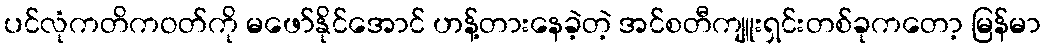
ပင်လုံကတိကဝတ်ကို မဖော်နိုင်အောင် ဟန့်တားနေခဲ့တဲ့ အင်စတီကျူးရှင်းတစ်ခုကတော့ မြန်မာ